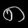
Digit: ၈